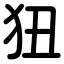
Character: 狃